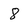
Character: 8